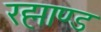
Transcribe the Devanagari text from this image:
रह्माण्ड